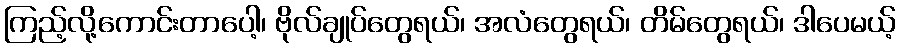
ကြည့်လို့ကောင်းတာပေါ့၊ ဗိုလ်ချုပ်တွေရယ်၊ အလံတွေရယ်၊ တိမ်တွေရယ်၊ ဒါပေမယ့်